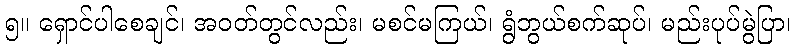
၅။ ရှောင်ပါစေချင်၊ အဝတ်တွင်လည်း၊ မစင်မကြယ်၊ ရွံဘွယ်စက်ဆုပ်၊ မည်းပုပ်မွဲပြာ၊